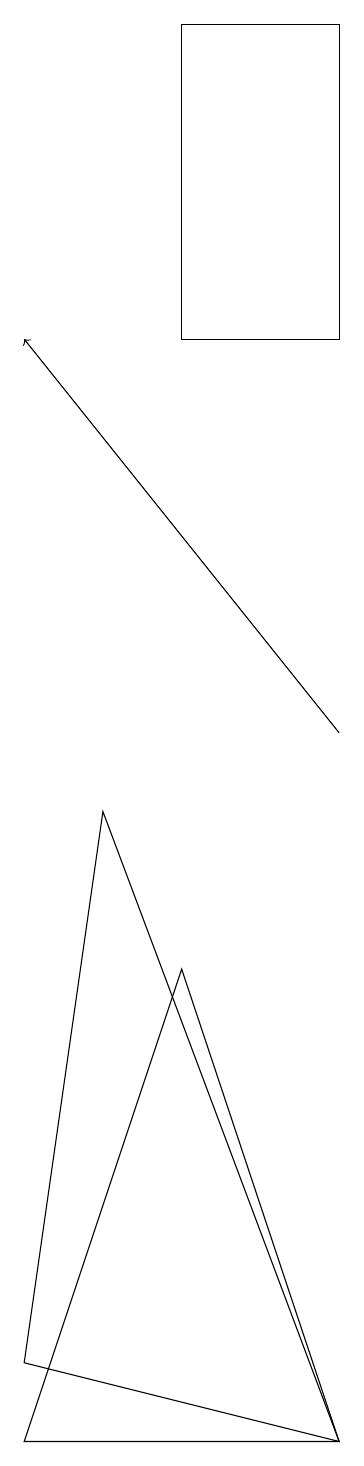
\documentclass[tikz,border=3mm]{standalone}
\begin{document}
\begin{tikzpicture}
\draw[->] (5,10) -- (1,15);
\draw (2,9) -- (5,1) -- (1,2) -- cycle;
\draw (5,1) -- (3,7) -- (1,1) -- cycle;
\draw (5,15) rectangle (3,19);
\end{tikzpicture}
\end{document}